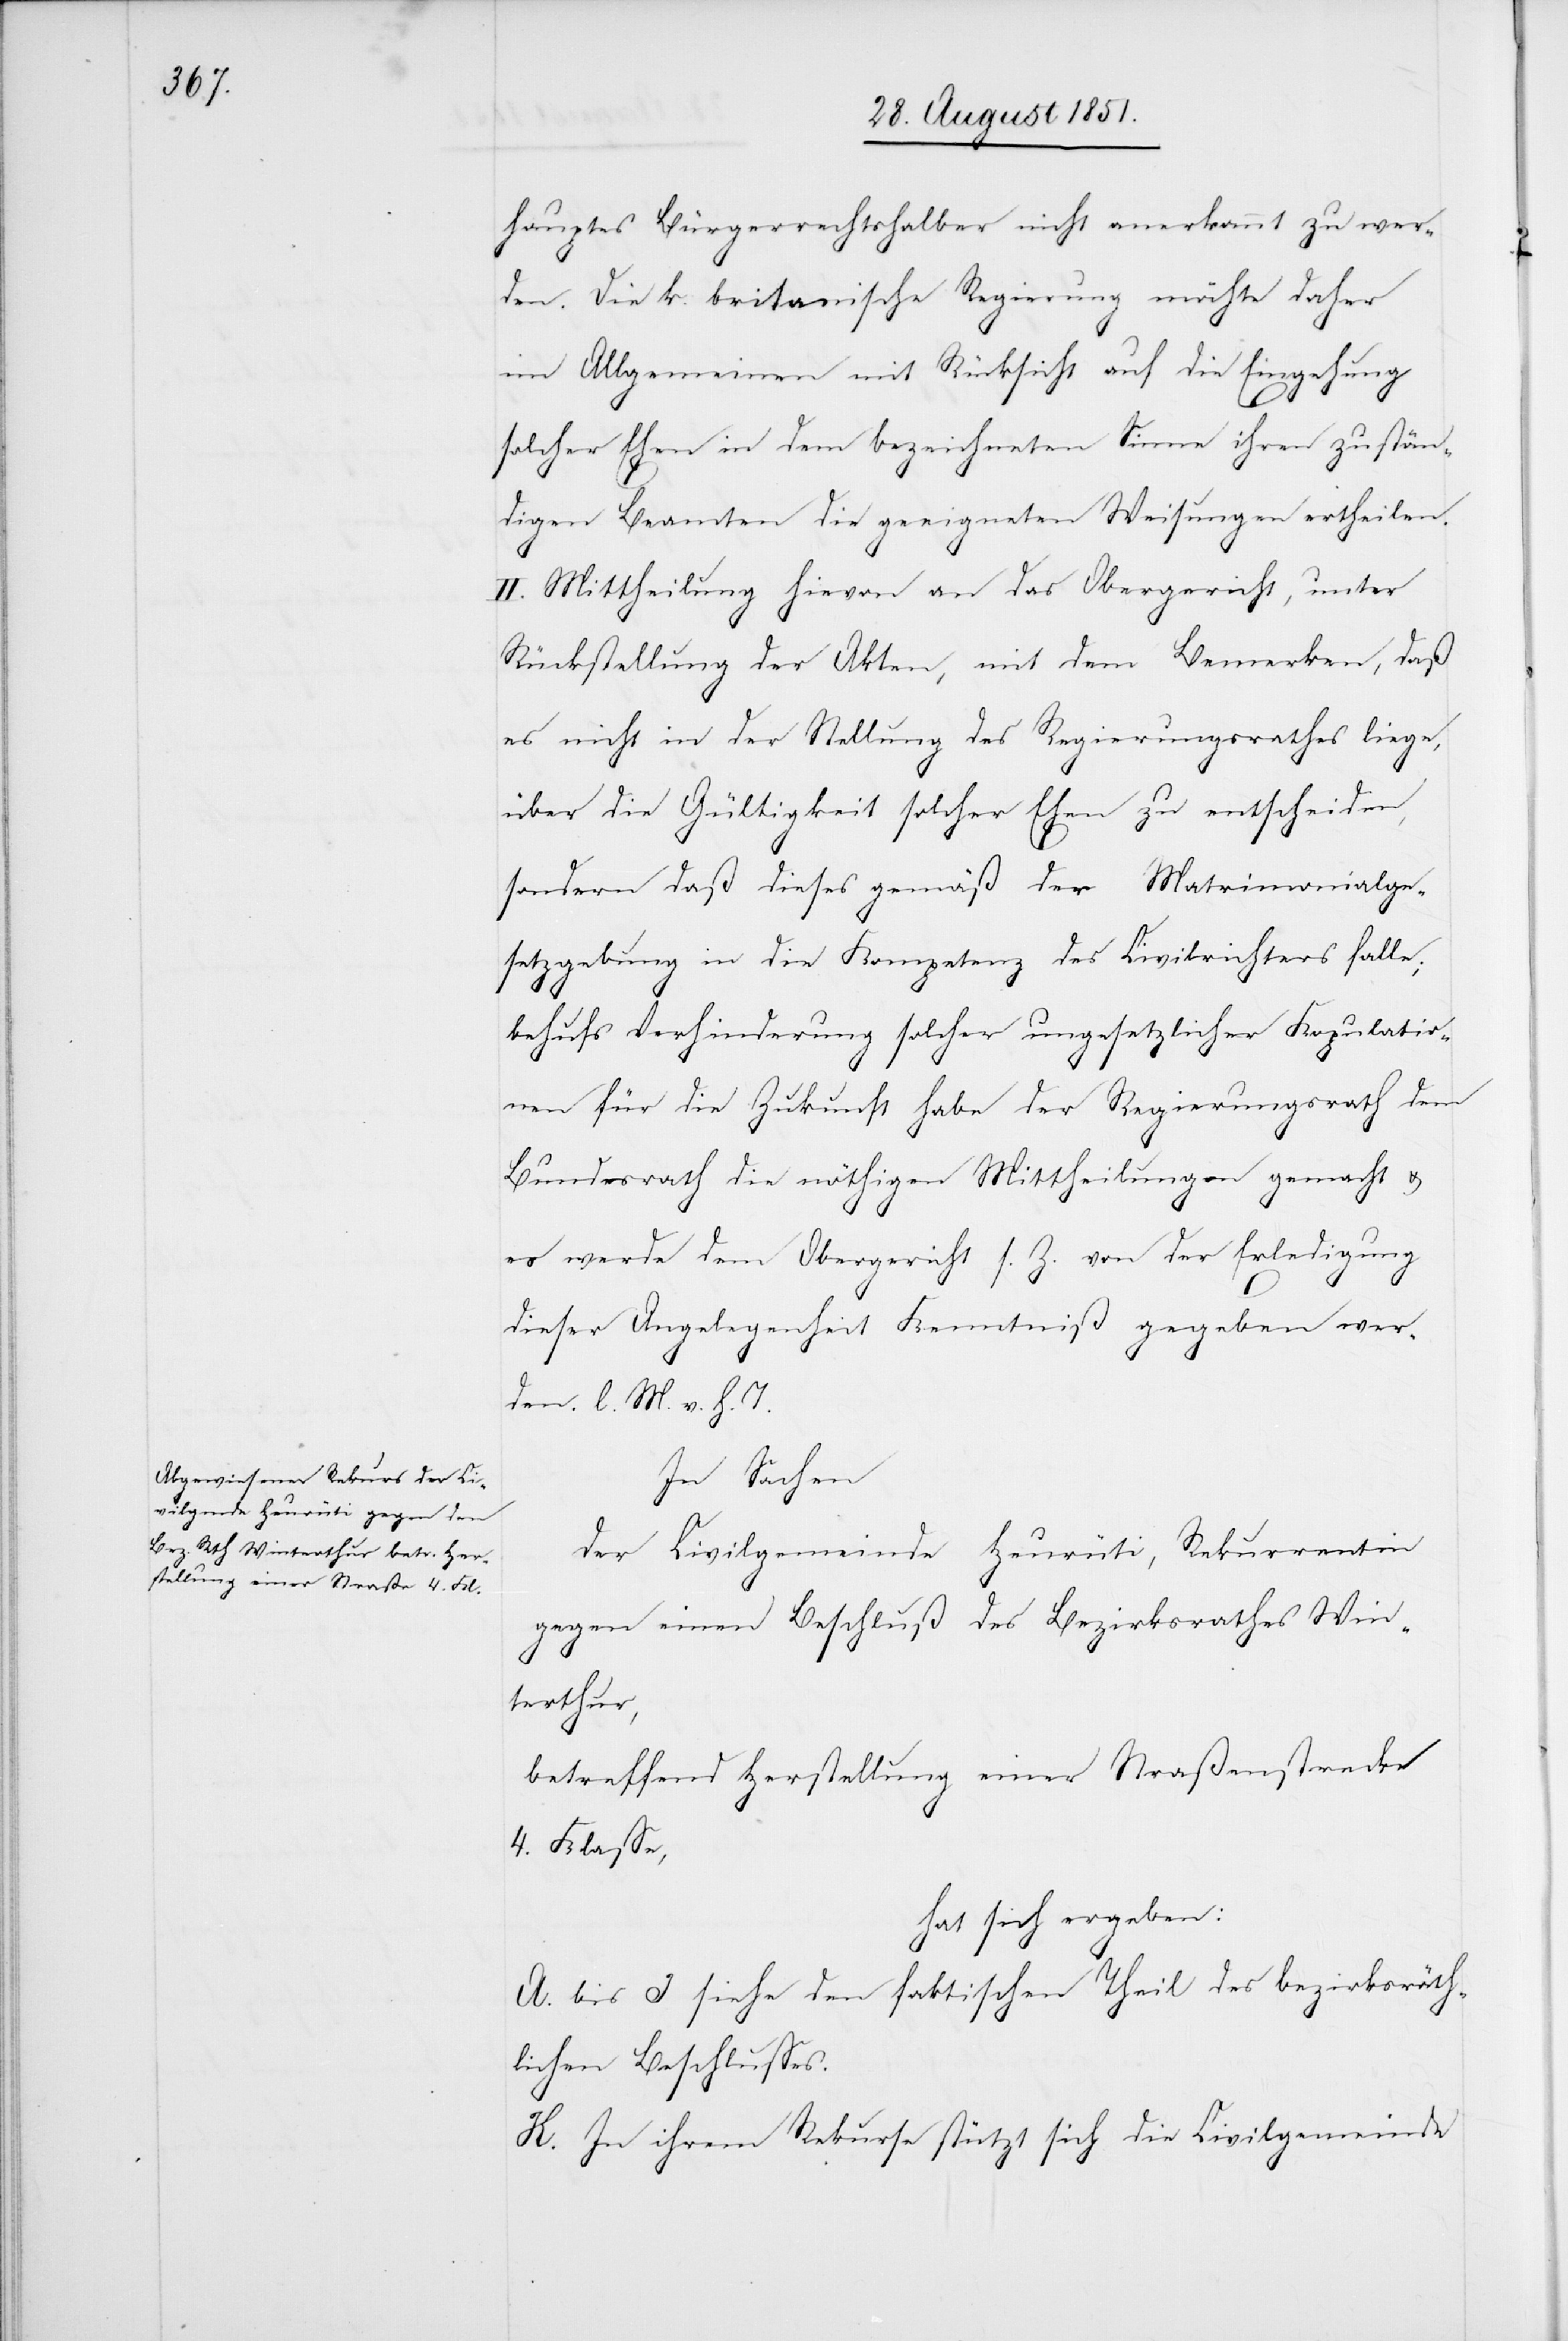
hauptes Bürgerrechtshalber nicht anerkannt zu wer¬
den. Die k. britanische Regierung möchte daher
im Allgemeinen mit Rücksicht auf die Eingehung
solcher Ehen in dem bezeichneten Sinne ihren zustän¬
digen Beamten die geeigneten Weisungen ertheilen.
II. Mittheilung hievon an das Obergericht, unter
Rückstellung der Akten, mit dem Bemerken, daß
es nicht in der Stellung des Regierungsrathes liege,
über die Gültigkeit solcher Ehen zu entscheiden,
sondern daß dieses gemäß der Matrimonialge¬
setzgebung in die Kompetenz des Civilrichters falle;
behufs Verhinderung solcher ungesetzlicher Kopulatio¬
nen für die Zukunft habe der Regierungsrath dem
Bundesrath die nöthigen Mittheilungen gemacht &
es werde dem Obergericht s. Z. von der Erledigung
dieser Angelegenheit Kenntniß gegeben wer¬
den. l. M. v. h. T.
In Sachen
der Civilgemeinde Heurüti, Rekurrentin
gegen einen Beschluß des Bezirksrathes Win¬
terthur,
betreffend Herstellung einer Straßenstrecke
4. Klasse,
hat sich ergeben:
A. bis I siehe den faktischen Theil des bezirksräth¬
lichen Beschlusses.
K. In ihrem Rekurse stützt sich die Civilgemeinde